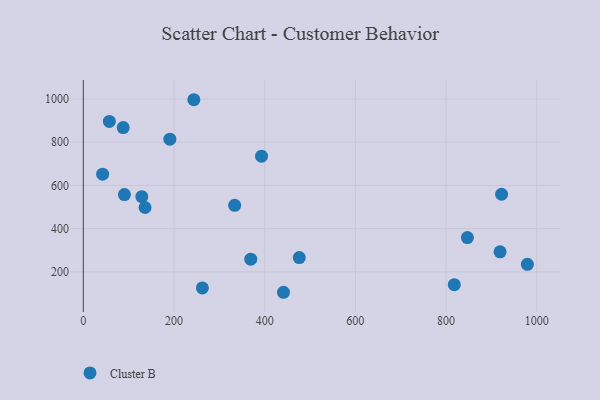
{"axis": {"x": "Engine Size", "y": "Yield"}, "legend": ["Cluster B"], "data": [{"x": "57.4", "y": 896.0, "type": "Cluster B"}, {"x": "369.3", "y": 258.6, "type": "Cluster B"}, {"x": "922.5", "y": 558.9, "type": "Cluster B"}, {"x": "441.5", "y": 105.3, "type": "Cluster B"}, {"x": "919.2", "y": 292.3, "type": "Cluster B"}, {"x": "42.6", "y": 651.7, "type": "Cluster B"}, {"x": "847.1", "y": 358.5, "type": "Cluster B"}, {"x": "136.2", "y": 497.6, "type": "Cluster B"}, {"x": "979.4", "y": 234.6, "type": "Cluster B"}, {"x": "818.2", "y": 140.7, "type": "Cluster B"}, {"x": "262.6", "y": 125.2, "type": "Cluster B"}, {"x": "129.0", "y": 547.9, "type": "Cluster B"}, {"x": "90.7", "y": 557.5, "type": "Cluster B"}, {"x": "88.0", "y": 867.7, "type": "Cluster B"}, {"x": "190.9", "y": 813.7, "type": "Cluster B"}, {"x": "333.8", "y": 507.8, "type": "Cluster B"}, {"x": "393.1", "y": 735.3, "type": "Cluster B"}, {"x": "243.8", "y": 996.4, "type": "Cluster B"}, {"x": "476.3", "y": 265.7, "type": "Cluster B"}]}